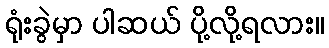
ရုံးခွဲမှာ ပါဆယ် ပို့လို့ရလား။